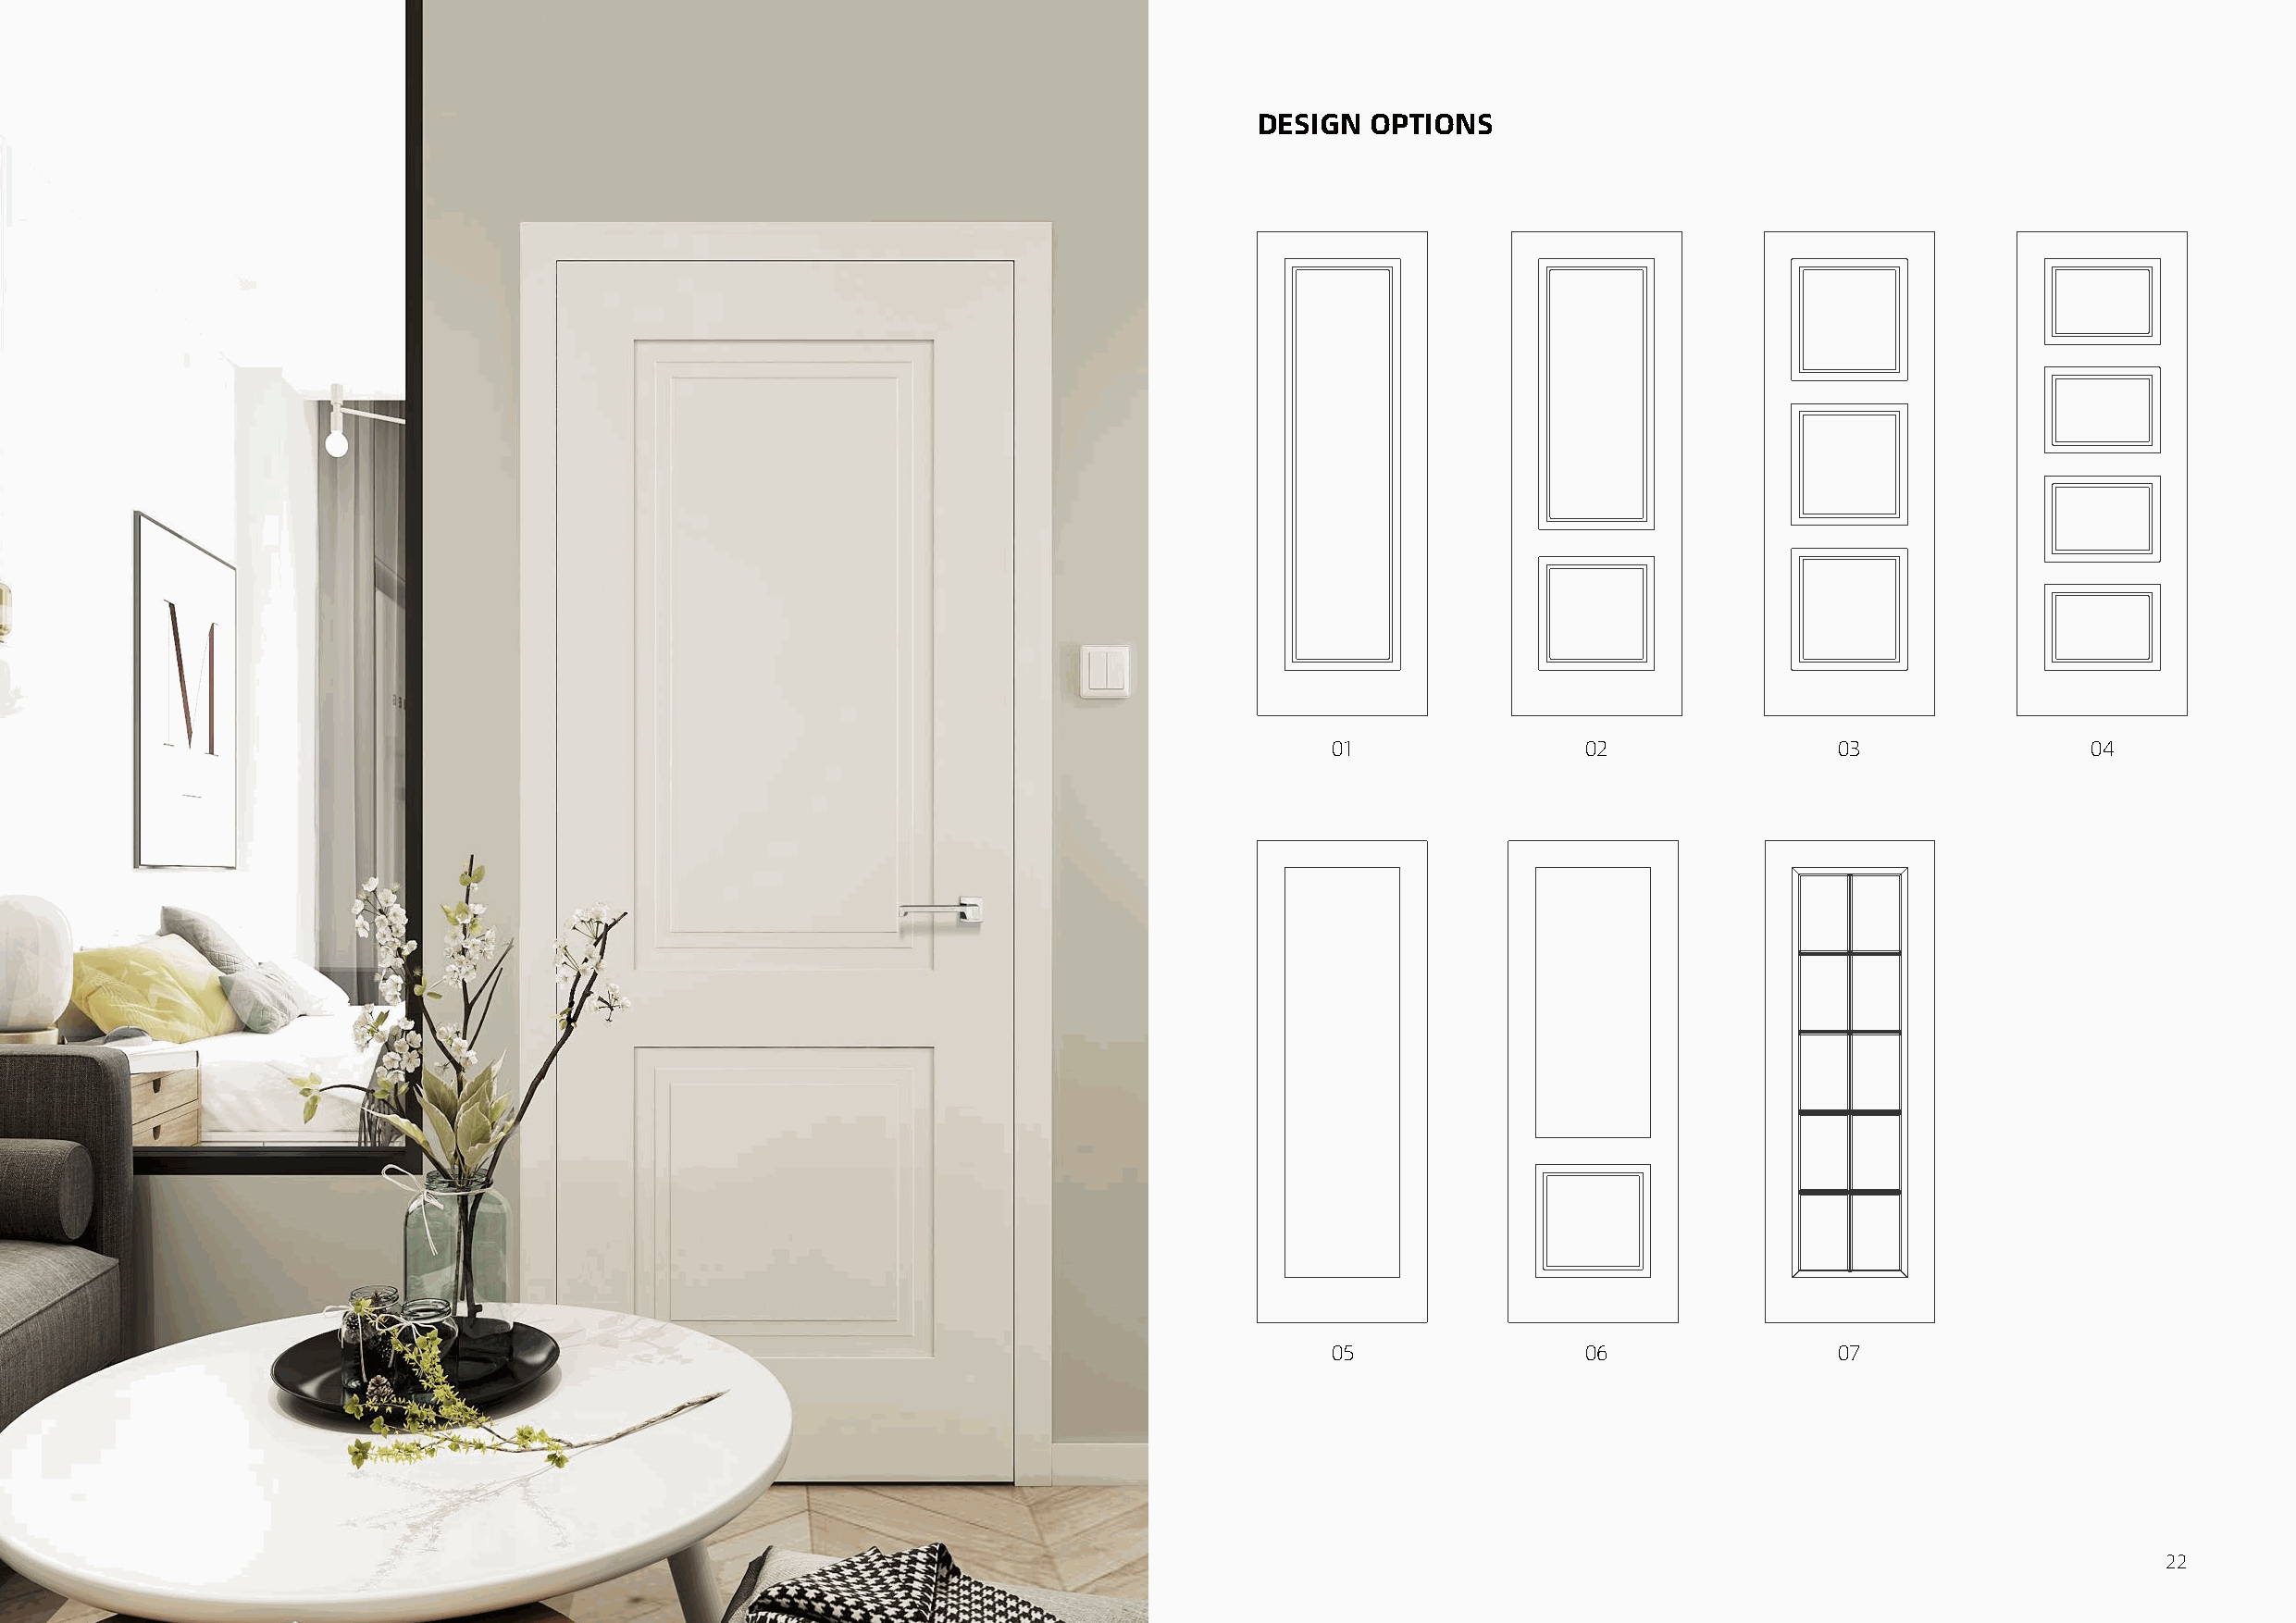
DESIGN  OPTIONS
 01                02                03                 04
 05                06                07
 21                                                                                                                                                 22